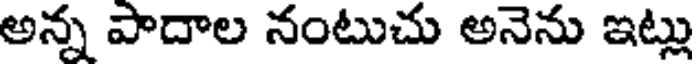
అన్న పాదాల నంటుచు అనెను ఇట్లు